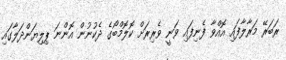
ރަބަރޭ މަރާލާފައި އޮއްވާ ފެނިފައި ވަނީ ވެރިރަށް ކޮލޮމްބޯގެ ދެކުނުން އޮންނަ ޕިލިޔަންދަލާގައި